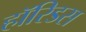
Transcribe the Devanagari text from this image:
हॉरिडस